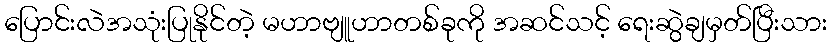
ပြောင်းလဲအသုံးပြုနိုင်တဲ့ မဟာဗျူဟာတစ်ခုကို အဆင်သင့် ရေးဆွဲချမှတ်ပြီးသား